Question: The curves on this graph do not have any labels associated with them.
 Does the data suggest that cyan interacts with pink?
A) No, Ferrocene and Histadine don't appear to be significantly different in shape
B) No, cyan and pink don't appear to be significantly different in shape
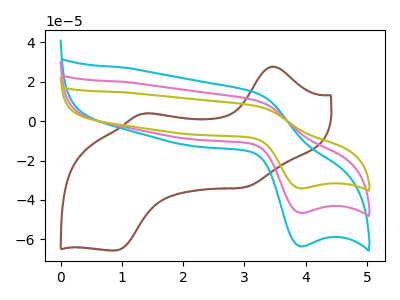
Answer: <think>The brown curve "brown" has anodic peaks at (3.45V, 27.70uA) (1.35V, 3.80uA) and cathodic peaks at (3.00V, -33.50uA) (0.90V, -65.70uA). The cyan curve "cyan" has an anodic peak at (3.20V, 14.35uA) and a cathodic peak at (3.90V, -63.55uA). The pink curve "pink" has an anodic peak at (3.20V, 10.50uA) and a cathodic peak at (3.90V, -46.60uA). The olive curve "olive" has an anodic peak at (3.20V, 21.05uA) and a cathodic peak at (3.90V, -93.20uA).
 All the peaks in "cyan" have a peak in "pink" at the same potential. Every peak in "cyan" is higher than every peak in "pink".</think>
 <answer>B) No, "cyan" and "pink" don't appear to be significantly different in shape</answer>
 <eval>B</eval>